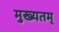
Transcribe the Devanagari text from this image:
मुख्यतम्